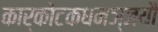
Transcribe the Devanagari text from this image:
कार्कोटकधनञ्जयौ